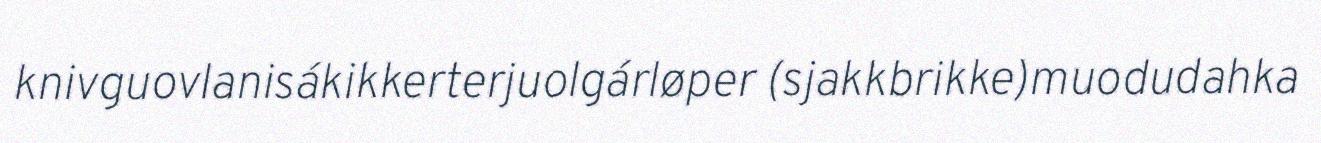
knivguovlanisákikkerterjuolgárløper (sjakkbrikke)muodudahka